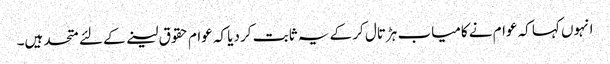
انہوں کہا کہ عوام نے کامیاب ہڑتال کر کے یہ ثابت کر دیا کہ عوام حقوق لینے کے لئے متحد ہیں۔